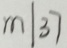
m \vert 3 7